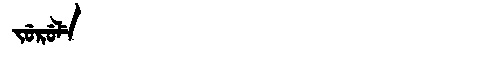
Manchu: ᠵᡠᡵᡠᠯᡝ
Romanization: JURULE